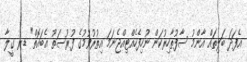
އެފަދަ ބަލިތައް އާންމު ސާފުތާހިރުކަން ނުހިފެހެއްޓިއްޖެނަމަ އިތުރުވުމުގެ ފުރުސަތު އެބައޮތް" ޑރ ގީލާ